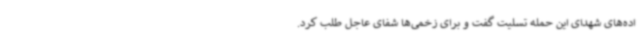
اده‌های شهدای این حمله تسلیت گفت و برای زخمی‌ها شفای عاجل طلب کرد.